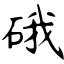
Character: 硪